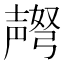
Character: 𫯅